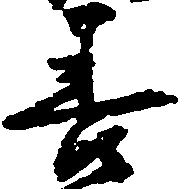
善